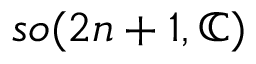
{ \mathfrak { s o } } ( 2 n + 1 , \mathbb { C } )